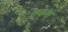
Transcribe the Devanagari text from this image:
तकश्